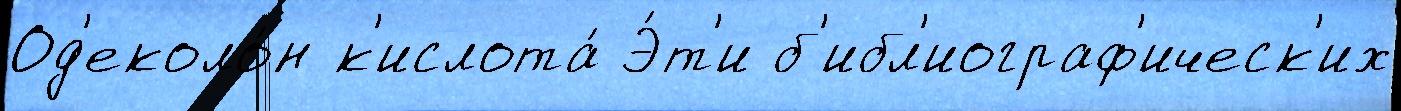
Од'еколо́н к'ислота́ Э́т'и б'ибл'иограф'ическ'их